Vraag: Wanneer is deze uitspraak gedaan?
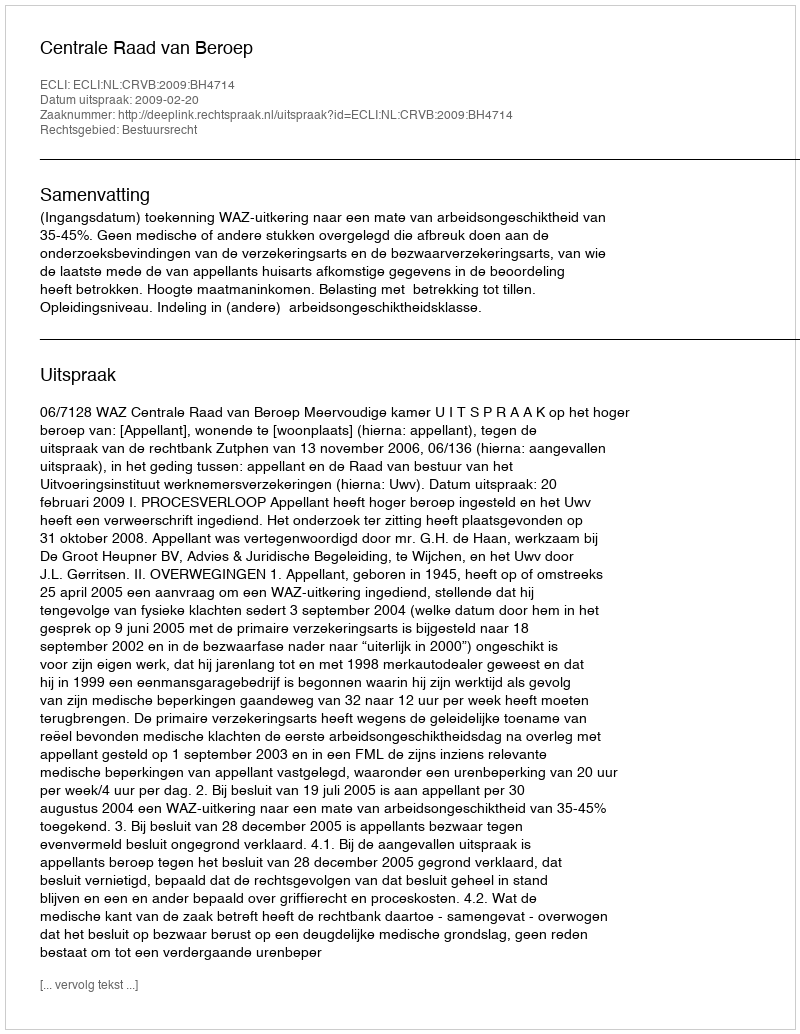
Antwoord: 2009-02-20